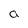
Character: a